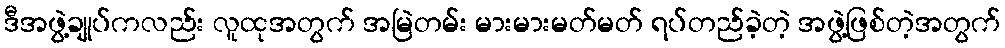
ဒီအဖွဲ့ချုပ်ကလည်း လူထုအတွက် အမြဲတမ်း မားမားမတ်မတ် ရပ်တည်ခဲ့တဲ့ အဖွဲ့ဖြစ်တဲ့အတွက်